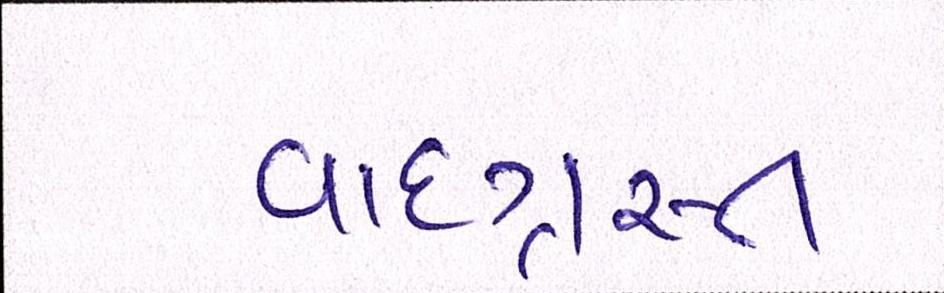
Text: વાદગ્રસ્ત